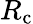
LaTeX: R_{\mathrm{c}}